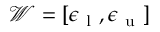
\mathcal { W } = [ \epsilon _ { \mathrm { ~ l ~ } } , \epsilon _ { \mathrm { ~ u ~ } } ]